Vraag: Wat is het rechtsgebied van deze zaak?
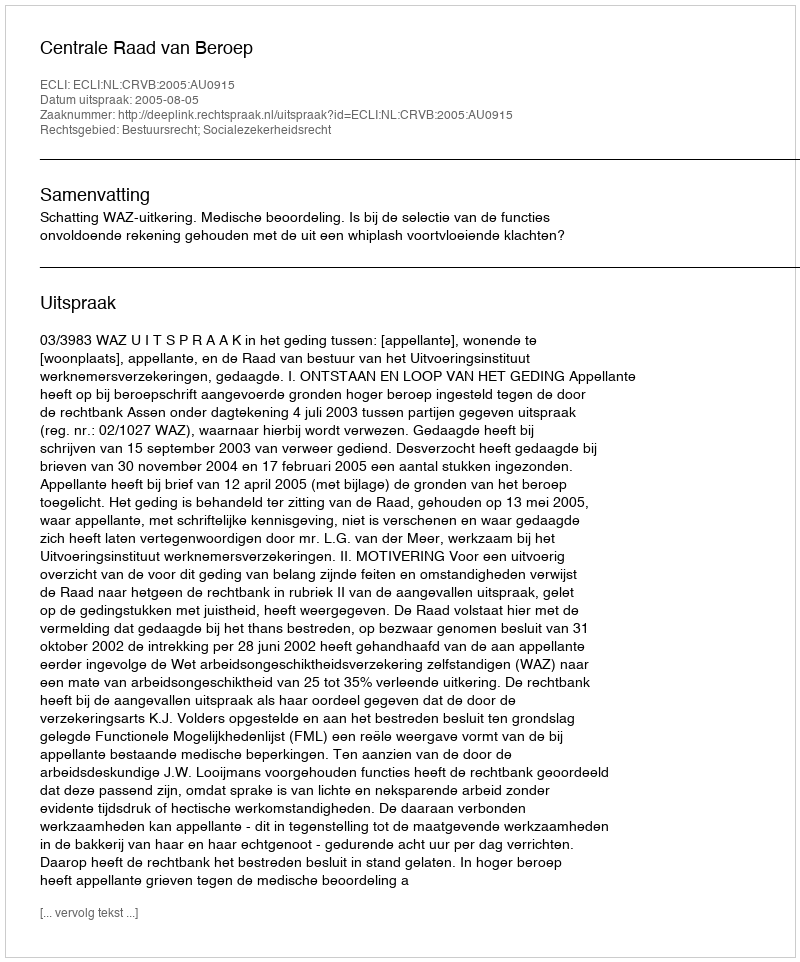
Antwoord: Bestuursrecht; Socialezekerheidsrecht